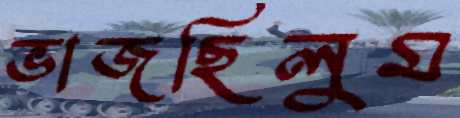
ভাজছিলুম